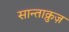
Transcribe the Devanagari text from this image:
सान्ताक्रुज़